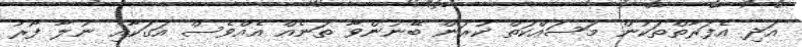
އަދި އެފަރާތްތަކުން މަސައްކަތް ކުރަން ބޭނުންވާ ތަނެއް އެއްވެސް އަގަކާއި ނުލާ ފޯރު